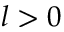
l > 0